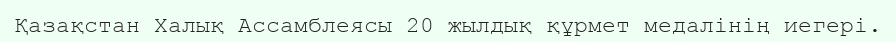
Қазақстан Халық Ассамблеясы 20 жылдық құрмет медалінің иегері.